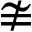
\ncong